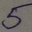
Text: 5